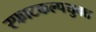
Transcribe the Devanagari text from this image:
स्फाटकल्पयुक्त